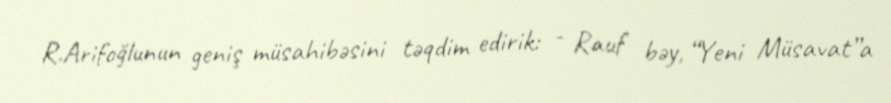
R.Arifoğlunun geniş müsahibəsini təqdim edirik: - Rauf bəy, “Yeni Müsavat”a